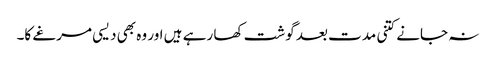
نہ جانے کتنی مدت بعد گوشت کھا رہے ہیں اور وہ بھی دیسی مرغے کا۔